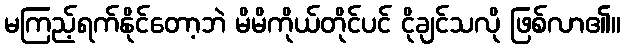
မကြည့်ရက်နိုင်တော့ဘဲ မိမိကိုယ်တိုင်ပင် ငိုချင်သလို ဖြစ်လာ၏။